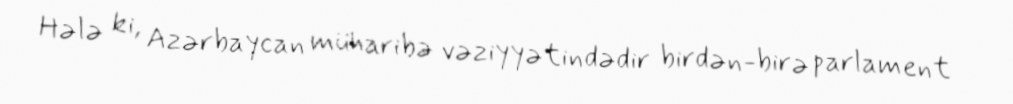
Hələ ki, Azərbaycan müharibə vəziyyətindədir birdən-birə parlament